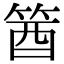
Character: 𥭛